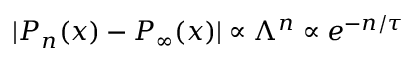
| P _ { n } ( x ) - P _ { \infty } ( x ) | \propto \Lambda ^ { n } \propto e ^ { - n / \tau }